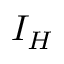
I _ { H }